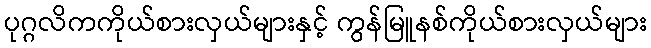
ပုဂ္ဂလိကကိုယ်စားလှယ်များနှင့် ကွန်မြူနစ်ကိုယ်စားလှယ်များ